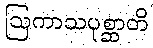
ဩကာသပုစ္ဆာတိ